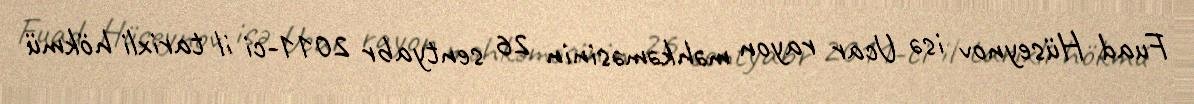
Fuad Hüseynov isə Ucar rayon məhkəməsinin 26 sentyabr 2011-ci il tarixli hökmü